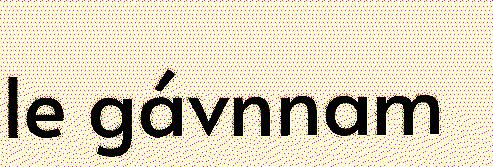
le gávnnam